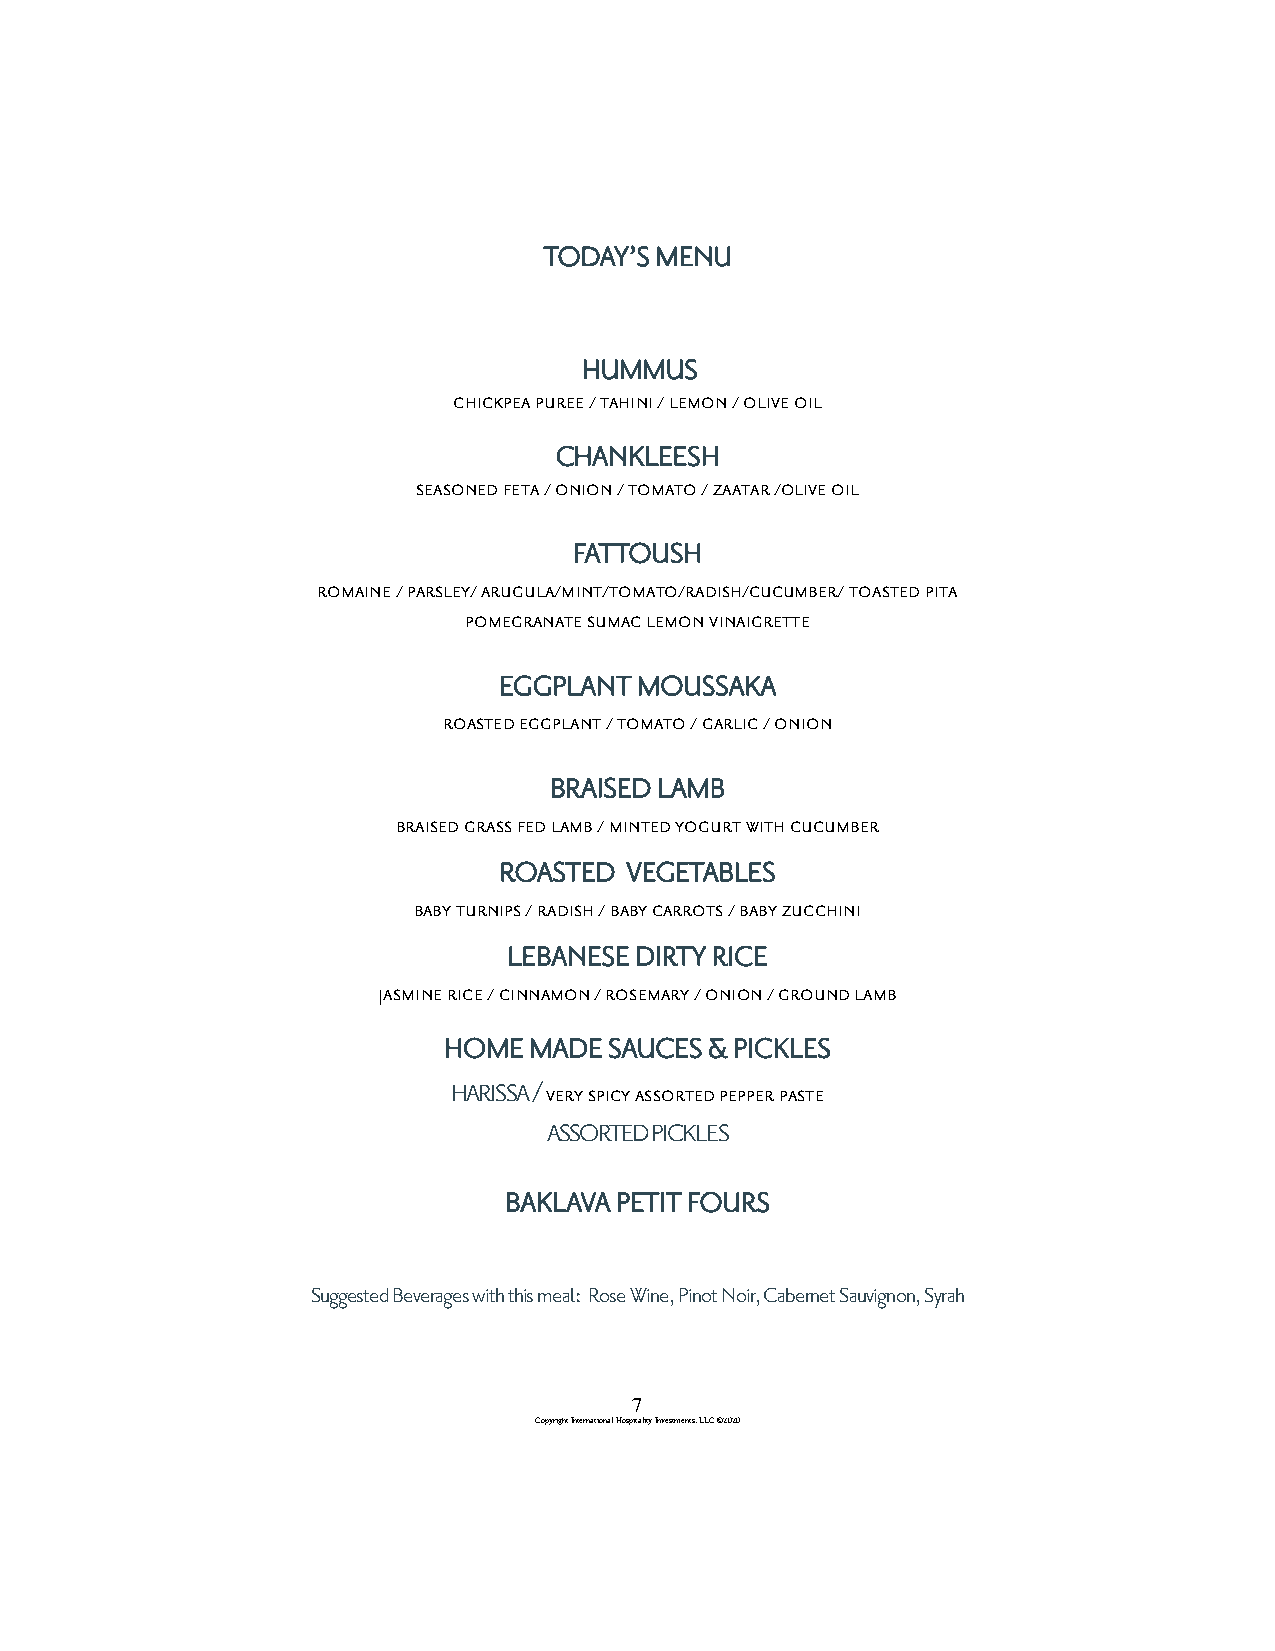
TODAY’S MENU
 HUMMUS
 chickpea puree / tahini / lemon / olive oil
 CHANKLEESH
 seasoned feta / onion / tomato / zaatar /olive oil
 FATTOUSH
 romaine / parsley/ arugula/mint/tomato/radish/cucumber/ toasted pita
 pomegranate sumac lemon vinaigrette
 EGGPLANT MOUSSAKA
 roasted eggplant / tomato / garlic / onion
 BRAISED LAMB
 braised grass fed lamb / minted yogurt with cucumber
 ROASTED VEGETABLES
 baby turnips / radish / baby carrots / baby zucchini
 LEBANESE DIRTY RICE
 jasmine rice / cinnamon / rosemary / onion / ground lamb
 HOME  MADE SAUCES & PICKLES
 HARISSA / very spicy assorted pepper paste
 ASSORTED PICKLES
 BAKLAVA PETIT FOURS
 Suggested Beverages with this meal: Rose Wine, Pinot Noir, Cabernet Sauvignon, Syrah
 7
 Copyright International Hospitality Investments, LLC ©2020